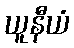
ယူနီယံ